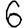
Digit: 6